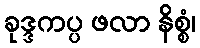
ခုဒ္ဒကပ္ပ ဖလာ နိစ္စံ၊